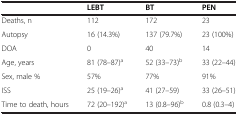
<table><thead><tr><td><b> </b></td><td><b>LEBT</b></td><td><b>BT</b></td><td><b>PEN</b></td></tr></thead><tbody><tr><td>Deaths, n</td><td>112</td><td>172</td><td>23</td></tr><tr><td>Autopsy</td><td>16 (14.3%)</td><td>137 (79.7%)</td><td>23 (100%)</td></tr><tr><td>DOA</td><td>0</td><td>40</td><td>14</td></tr><tr><td>Age, years</td><td>81 (78–87)<sup>a</sup></td><td>52 (33–73)<sup>b</sup></td><td>33 (22–44)</td></tr><tr><td>Sex, male %</td><td>57%</td><td>77%</td><td>91%</td></tr><tr><td>ISS</td><td>25 (19–26)<sup>a</sup></td><td>41 (27–59)</td><td>33 (26–51)</td></tr><tr><td>Time to death, hours</td><td>72 (20–192)<sup>a</sup></td><td>13 (0.8–96)<sup>b</sup></td><td>0.8 (0.3–4)</td></tr></tbody></table>